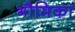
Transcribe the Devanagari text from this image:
भौमिका